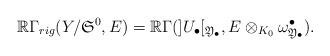
LaTeX: \begin{align*}{\mathbb{R}}\Gamma_{rig}(Y/{\mathfrak S}^{0},E)={\mathbb{R}}\Gamma(]U_{\bullet}[_{{\mathfrak Y}_{\bullet}},E\otimes_{K_0}{\omega}_{{\mathfrak Y}_{\bullet}}^{\bullet}).\end{align*}